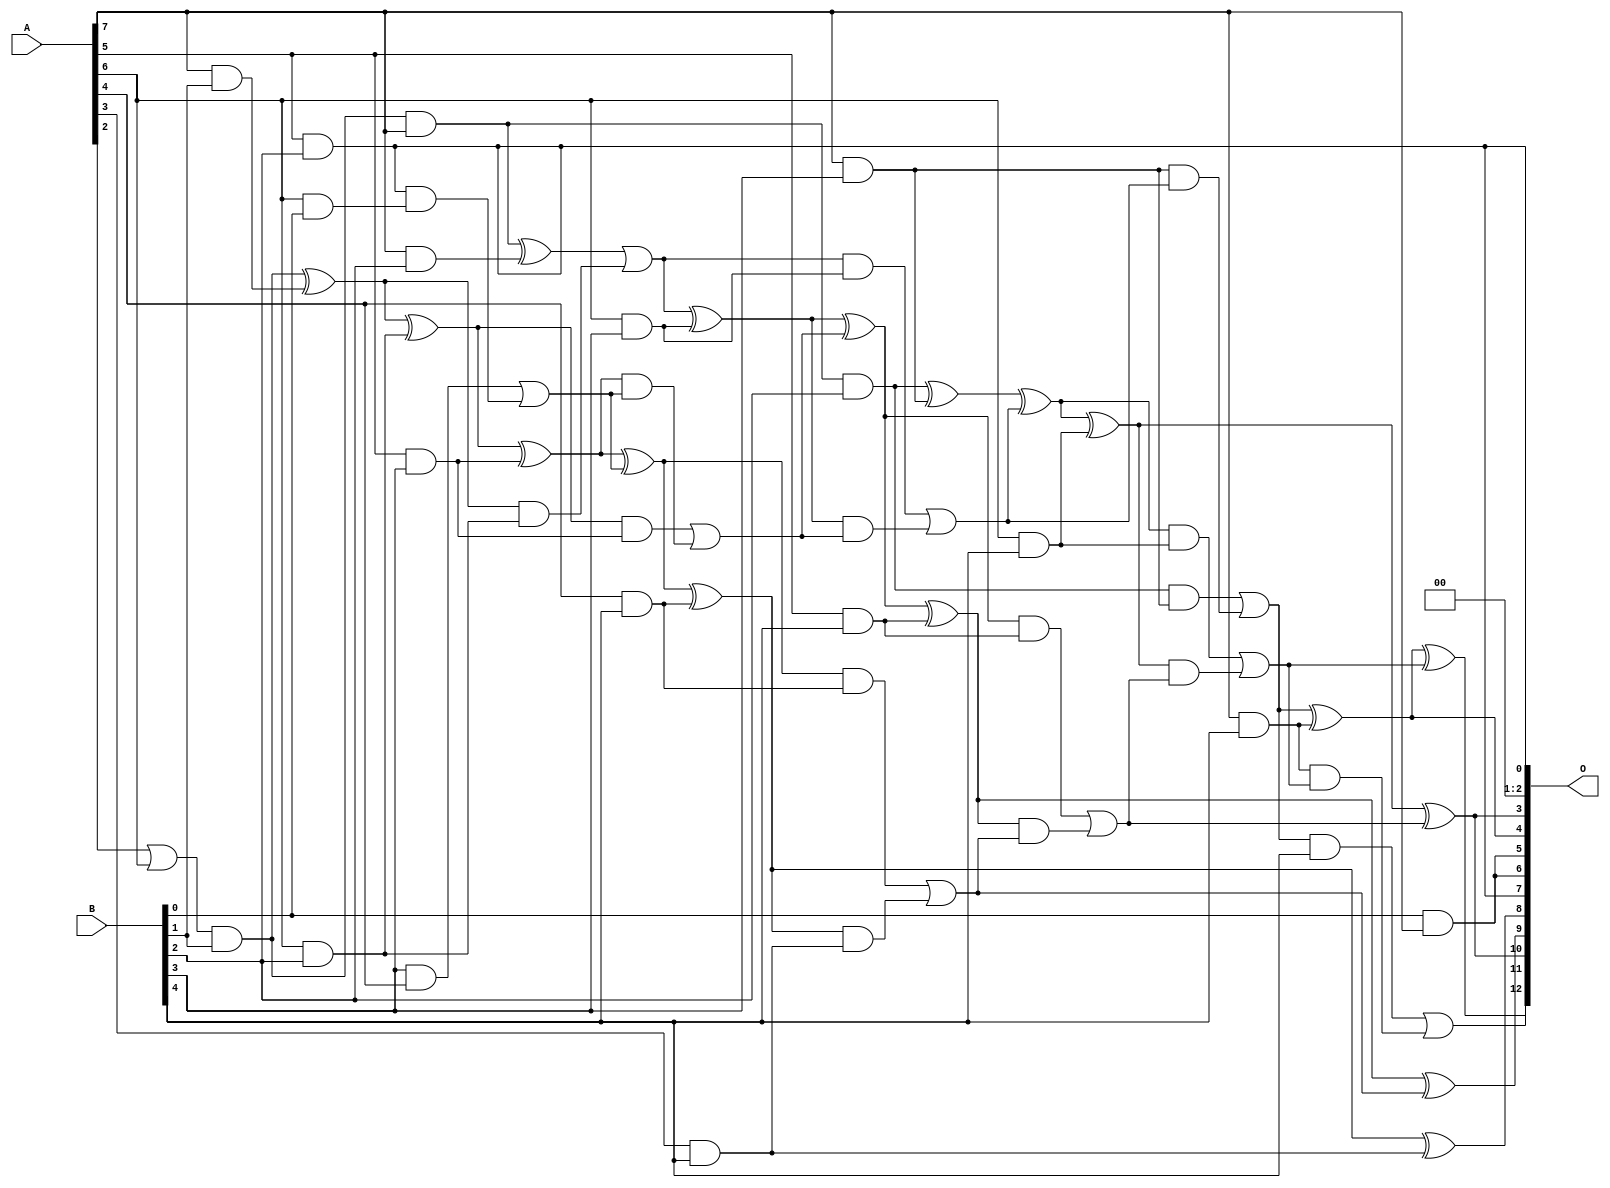
// This program was cloned from: https://github.com/ehw-fit/evoapproxlib
// License: MIT License

/***
* This code is a part of EvoApproxLib library (ehw.fit.vutbr.cz/approxlib) distributed under The MIT License.
* When used, please cite the following article(s): V. Mrazek, L. Sekanina, Z. Vasicek "Libraries of Approximate Circuits: Automated Design and Application in CNN Accelerators" IEEE Journal on Emerging and Selected Topics in Circuits and Systems, Vol 10, No 4, 2020 
* This file contains a circuit from a sub-set of pareto optimal circuits with respect to the pwr and mse parameters
***/
// MAE% = 1.05 %
// MAE = 86 
// WCE% = 3.91 %
// WCE = 320 
// WCRE% = 3100.00 %
// EP% = 95.95 %
// MRE% = 20.33 %
// MSE = 11334 
// PDK45_PWR = 0.058 mW
// PDK45_AREA = 153.0 um2
// PDK45_DELAY = 0.78 ns

module mul8x5u_13K (
    A,
    B,
    O
);

input [7:0] A;
input [4:0] B;
output [12:0] O;

wire sig_21,sig_28,sig_56,sig_58,sig_61,sig_62,sig_68,sig_69,sig_70,sig_98,sig_99,sig_103,sig_104,sig_106,sig_113,sig_114,sig_115,sig_129,sig_134,sig_135;
wire sig_137,sig_138,sig_139,sig_140,sig_141,sig_142,sig_143,sig_144,sig_145,sig_146,sig_147,sig_148,sig_149,sig_150,sig_151,sig_152,sig_156,sig_157,sig_158,sig_159;
wire sig_160,sig_178,sig_179,sig_180,sig_181,sig_182,sig_183,sig_184,sig_185,sig_186,sig_187,sig_188,sig_189,sig_190,sig_191,sig_192,sig_193,sig_194,sig_195,sig_196;
wire sig_197;

assign sig_21 = B[0] & A[7];
assign sig_28 = A[7] & B[1];
assign sig_56 = A[2] | A[6];
assign sig_58 = sig_56 & B[1];
assign sig_61 = sig_58 & A[7];
assign sig_62 = sig_58 ^ sig_28;
assign sig_68 = A[5] & B[2];
assign sig_69 = A[6] & B[2];
assign sig_70 = A[7] & B[2];
assign sig_98 = sig_62 ^ sig_69;
assign sig_99 = sig_62 & sig_69;
assign sig_103 = sig_61 ^ sig_70;
assign sig_104 = sig_61 & B[2];
assign sig_106 = sig_103 | sig_99;
assign sig_113 = A[5] & B[3];
assign sig_114 = A[6] & B[3];
assign sig_115 = A[7] & B[3];
assign sig_129 = A[6] & B[0];
assign sig_134 = B[3] & A[4];
assign sig_135 = sig_68 & sig_129;
assign sig_137 = sig_134 | sig_135;
assign sig_138 = sig_98 ^ sig_113;
assign sig_139 = sig_98 & sig_113;
assign sig_140 = sig_138 & sig_137;
assign sig_141 = sig_138 ^ sig_137;
assign sig_142 = sig_139 | sig_140;
assign sig_143 = sig_106 ^ sig_114;
assign sig_144 = sig_106 & sig_114;
assign sig_145 = sig_143 & sig_142;
assign sig_146 = sig_143 ^ sig_142;
assign sig_147 = sig_144 | sig_145;
assign sig_148 = sig_104 ^ sig_115;
assign sig_149 = sig_104 & sig_115;
assign sig_150 = sig_115 & sig_147;
assign sig_151 = sig_148 ^ sig_147;
assign sig_152 = sig_149 | sig_150;
assign sig_156 = A[3] & B[4];
assign sig_157 = A[4] & B[4];
assign sig_158 = A[5] & B[4];
assign sig_159 = A[6] & B[4];
assign sig_160 = A[7] & B[4];
assign sig_178 = sig_141 ^ sig_157;
assign sig_179 = sig_141 & sig_157;
assign sig_180 = sig_178 & sig_156;
assign sig_181 = sig_178 ^ sig_156;
assign sig_182 = sig_179 | sig_180;
assign sig_183 = sig_146 ^ sig_158;
assign sig_184 = sig_146 & sig_158;
assign sig_185 = sig_183 & sig_182;
assign sig_186 = sig_183 ^ sig_182;
assign sig_187 = sig_184 | sig_185;
assign sig_188 = sig_151 ^ sig_159;
assign sig_189 = sig_151 & sig_159;
assign sig_190 = sig_188 & sig_187;
assign sig_191 = sig_188 ^ sig_187;
assign sig_192 = sig_189 | sig_190;
assign sig_193 = sig_152 ^ sig_160;
assign sig_194 = sig_152 & B[4];
assign sig_195 = sig_160 & sig_192;
assign sig_196 = sig_193 ^ sig_192;
assign sig_197 = sig_194 | sig_195;

assign O[12] = sig_197;
assign O[11] = sig_196;
assign O[10] = sig_191;
assign O[9] = sig_186;
assign O[8] = sig_181;
assign O[7] = sig_68;
assign O[6] = sig_21;
assign O[5] = sig_21;
assign O[4] = sig_193;
assign O[3] = sig_191;
assign O[2] = 1'b0;
assign O[1] = 1'b0;
assign O[0] = sig_68;

endmodule